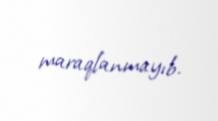
maraqlanmayıb.